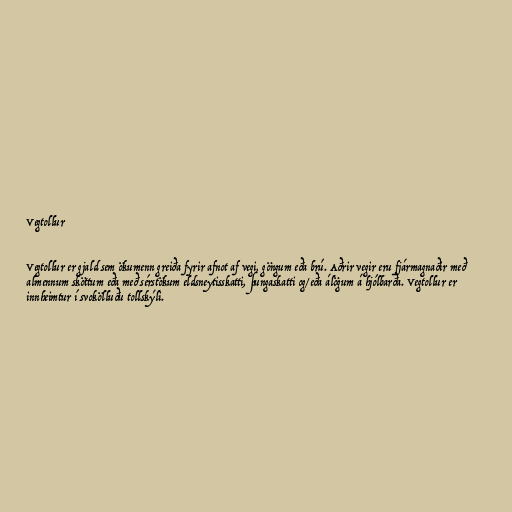
Vegtollur

Vegtollur er gjald sem ökumenn greiða fyrir afnot af vegi, göngum eða brú. Aðrir vegir eru fjármagnaðir með
almennum sköttum eða með sérstökum eldsneytisskatti, þungaskatti og/eða álögum á hjólbarða. Vegtollur er
innheimtur í svokölluðu tollskýli.